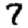
Digit: 7